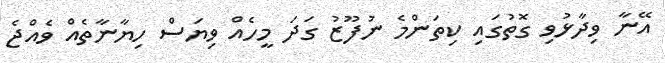
އޭނާ ވިދާޅުވި ގޮތުގައި ކިތަންމެ ނުފޫޒު ގަދަ މީހެއް ވިޔަސް ހިޔާނާތެއް ވެއްޖެ